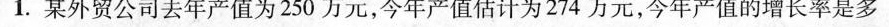
1.某外贸公司去年产值为250万元，今年产值估计为274万元，今年产值的增长率是多